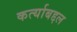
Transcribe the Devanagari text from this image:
कर्त्याबद्दल